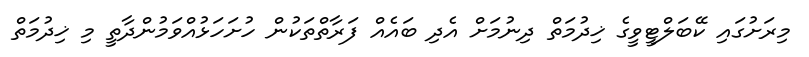
މިރަށުގައި ކޭބަލްޓީވީގެ ޚިދުމަތް ދިނުމަށް އެދި ބައެއް ފަރާތްތަކުން ހުށަހަޅުއްވަމުންދާތީ މި ޚިދުމަތް